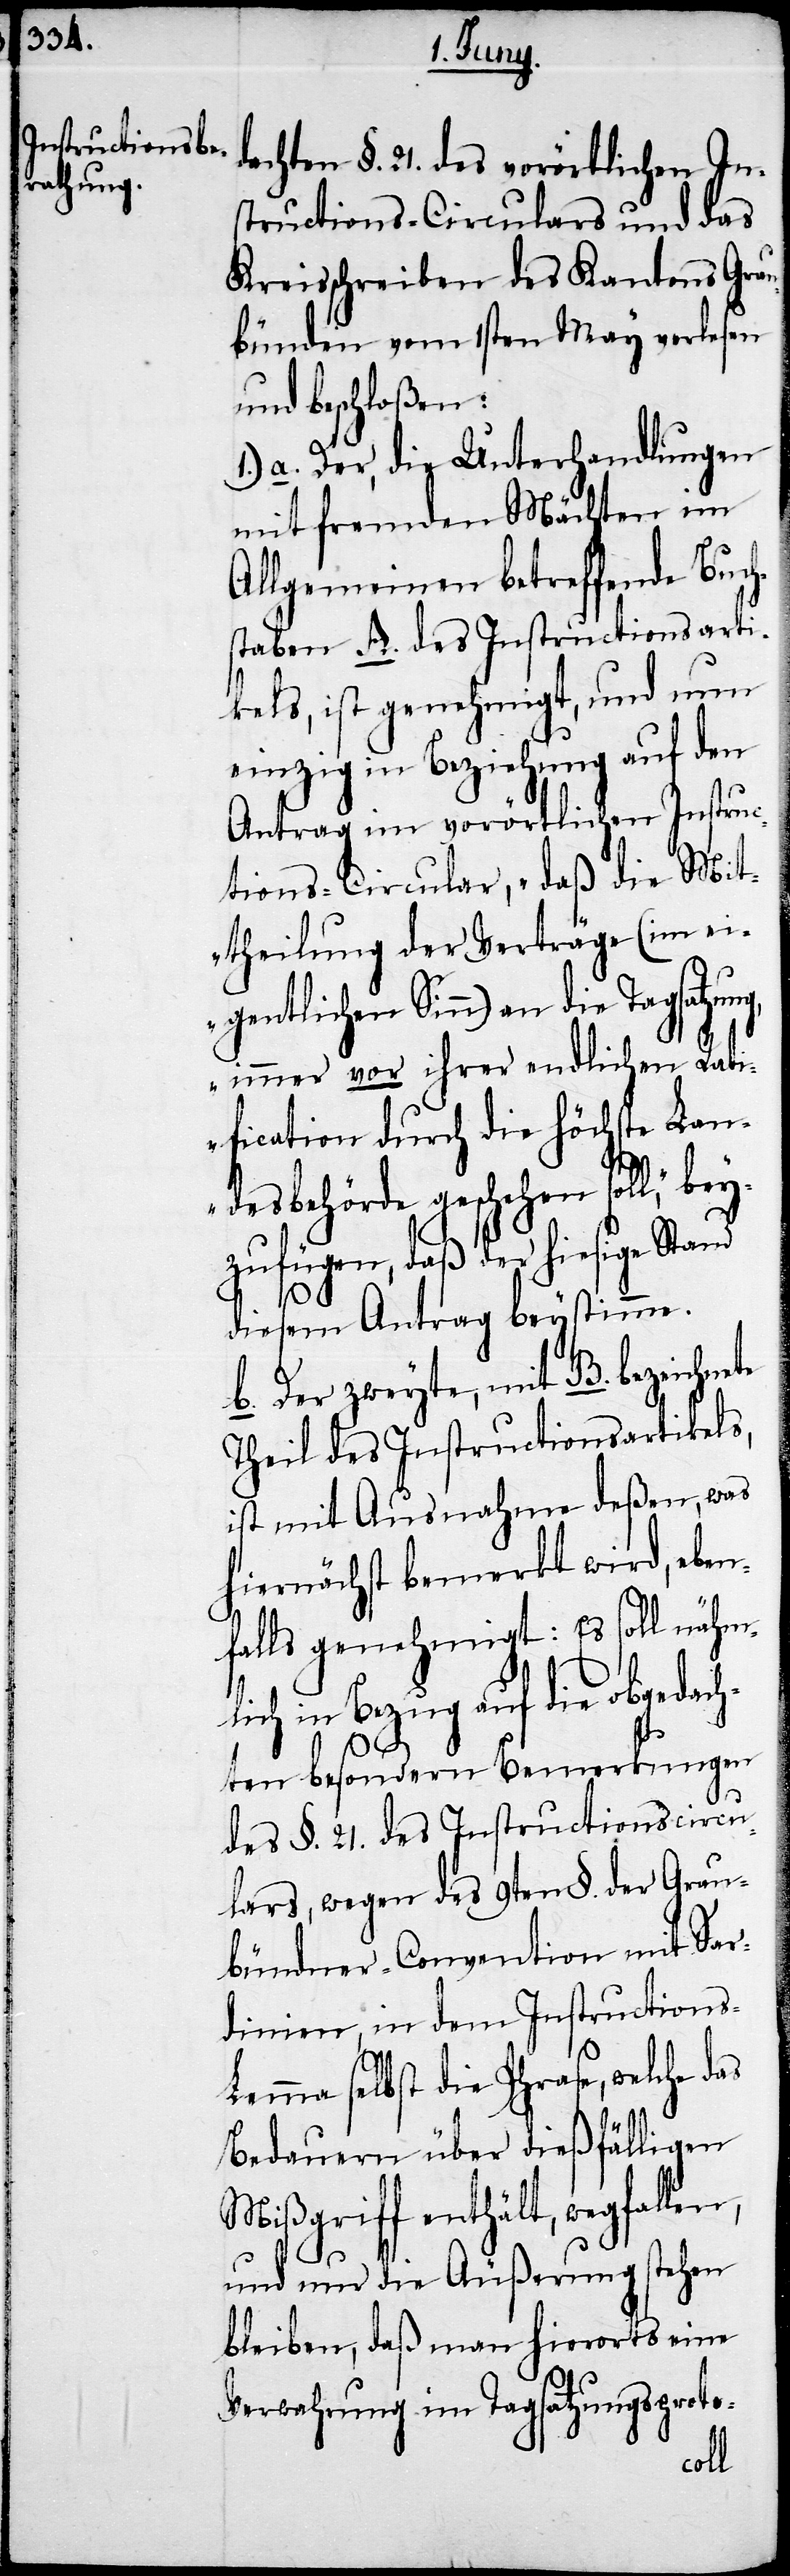
dachten §. 21. des vorörtlichen In¬
structions-Circulars und das
Kreisschreiben des Kantons Grau¬
bünden vom 1sten May verlesen
und beschloßen:
a. Der, die Unterhandlungen
mit fremden Mächten in
Allgemeinen betreffende Buch¬
staben A. des Instructionsarti¬
kels, ist genehmigt, und nun
einzig in Beziehung auf den
Antrag im vorörtlichen Instru¬
ctions-Circular, „daß die Mit¬
theilung der Verträge (im ein¬
gentlichen Sinn) an die Tagsatzung,
immer vor ihrer endlichen Rat¬
ification durch die höchste Lan¬
daß der hiesige Stand
diesem Antrag beystimme.
b. Der zweyte, mit B. bezeichnete
Theil des Instructionsartikels,
ist mit Ausnahme deßen, was
hiernächst bemerkt wird, eben¬
falls genehmigt: Es soll nähm¬
lich in Bezug auf die obgedach¬
ten besondern Bemerkungen
des §. 21. des Instructionscircu¬
lars, wegen des 9ten §. der Grau¬
bündner-Convention mit Sar¬
dinien, in dem Instructions-L¬
emma selbst die Phrase, welche
Bedauern über dießfälligen
Mißgriff enthält, wegfallen,
und nur die Äußerung stehen
bleiben, daß man hierorts eine
Verwahrung im Tagsatzungsproto-